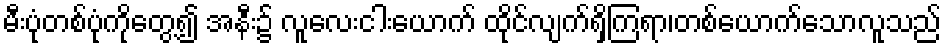
မီးပုံတစ်ပုံကိုတွေ့၍ အနီး၌ လူလေးငါးယောက် ထိုင်လျက်ရှိကြရာ၊တစ်ယောက်သောလူသည်